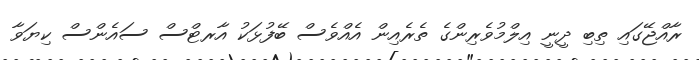
ރާއްޖޭގައި ތިބި ދީނީ އިލްމުވެރިންގެ ތެރެއިން އެއްވެސް ބޭފުޅަކު އާރޓްސް ސައެންސް ކިޔަވާ